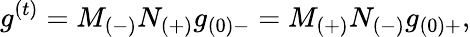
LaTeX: g^{(t)}=M_{(-)}N_{(+)}g_{(0)-}=M_{(+)}N_{(-)}g_{(0)+},